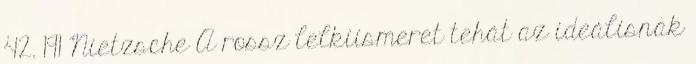
42. 191 Nietzsche A rossz lelkiismeret tehát az ideálisnak